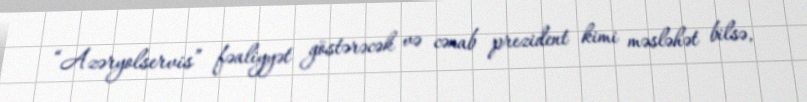
“Azəryolservis” fəaliyyət göstərəcək və cənab prezident kimi məsləhət bilsə,